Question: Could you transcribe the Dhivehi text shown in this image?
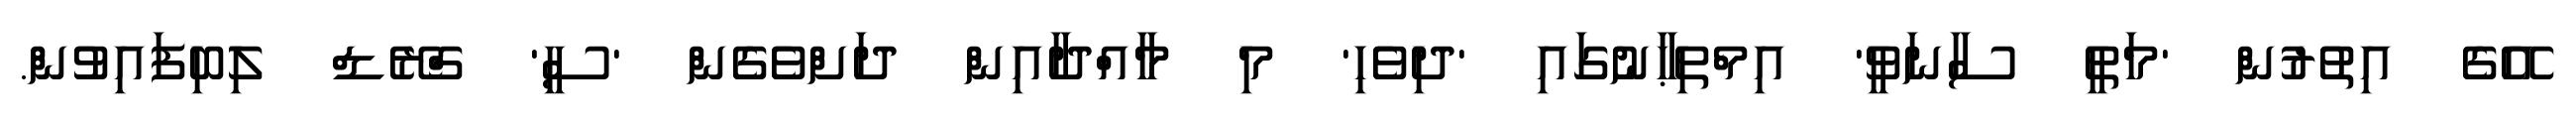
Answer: އޭގެ އިތުރުން 'މަތީ ސާނަވީ' އިމްތިޙާނުގައި 'ދިވެހި' މި މާއްދާއިން ދަށްވެގެން 'ސީ' ގްރޭޑް ލިބިފައިވުން.